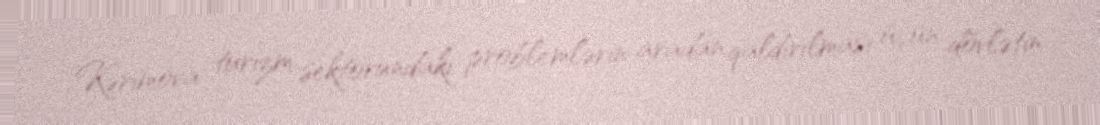
Kərimova turizm sektorundakı problemlərin aradan qaldırılması üçün dövlətin